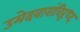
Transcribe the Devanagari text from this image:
उमेदवारांविरूध्द